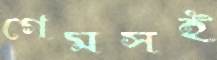
গেমসই